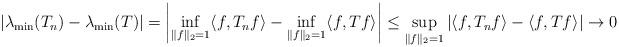
LaTeX: \begin{align*}\left|\lambda_{\min}(T_n)-\lambda_{\min}(T)\right|= \left|\inf_{\|f\|_2=1}\langle f,T_nf\rangle-\inf_{\|f\|_2=1}\langle f,Tf\rangle\right|\leq \sup_{\|f\|_2=1}|\langle f,T_nf\rangle-\langle f,Tf\rangle| \to 0\end{align*}